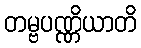
တမ္ဗပဏ္ဏိယာတိ